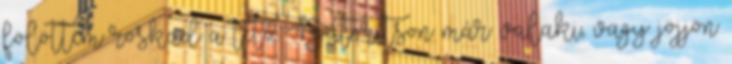
fölöttem roskad a tető. Bátorítson már valaki, vagy jöjjön